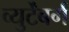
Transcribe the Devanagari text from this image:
व्युर्टेंबर्ग